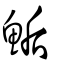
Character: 鮜